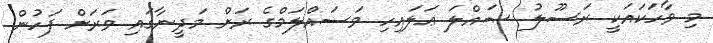
މި ވާހަކައަކީ ރަސޫލު ޞައްލަ ޢަލައިހި ވަސައްލަމްގެ ރަށް މަދީނާގައި ވަރަށް ފަހުން